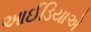
આઈડિયાએ